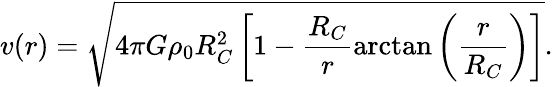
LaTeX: v(r)=\sqrt{4\pi G\rho_{0}R_{C}^{2}\left[1-\frac{R_{C}}{r}\arctan\left(\frac{r}{R_{C}}\right)\right]}.